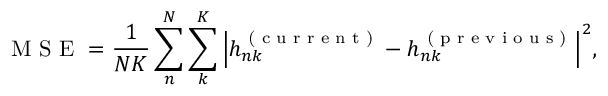
\textnormal { M S E } = \frac { 1 } { N K } \sum _ { n } ^ { N } \sum _ { k } ^ { K } { \left| h _ { n k } ^ { \textnormal { ( c u r r e n t ) } } - h _ { n k } ^ { \textnormal { ( p r e v i o u s ) } } \right| } ^ { 2 } ,